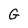
Character: G